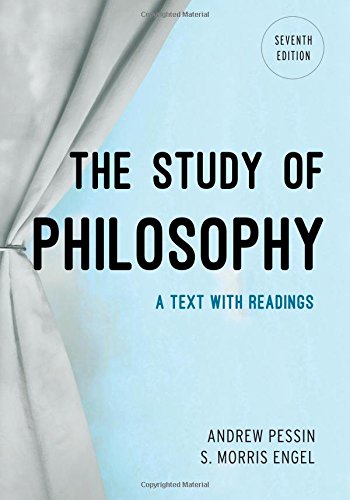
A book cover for The Study of Philosophy: A Text with Readings; Andrew Pessin; Politics & Social Sciences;